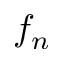
f _ { n }